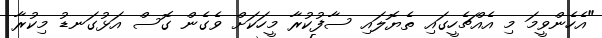
"އެހެންވީމަ މި އެއްޗެހީގައި ތެޔޮލައި ސާފުކުރާ މީހަކަށް ވެގެން ގޮސް އަޅުގަނޑު މިކުރާ